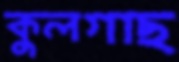
কুলগাছ